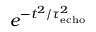
e ^ { - t ^ { 2 } / \tau _ { \mathrm { e c h o } } ^ { 2 } }